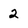
Character: 2